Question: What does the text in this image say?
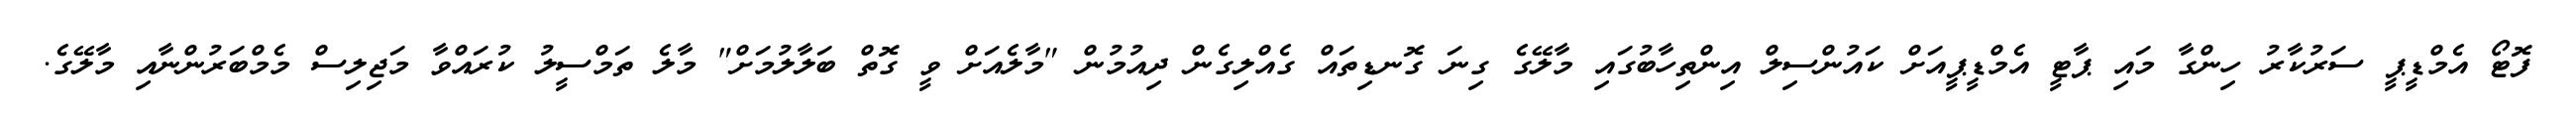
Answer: ފޮޓޯ އެމްޑީޕީ ސަރުކާރު ހިންގާ މައި ޕާޓީ އެމްޑީޕީއަށް ކައުންސިލް އިންތިހާބުގައި މާލޭގެ ގިނަ ގޮނޑިތައް ގެއްލިގެން ދިއުމުން "މާލެއަށް ވީ ގޮތް ބަލާލުމަށް" މާލެ ތަމްސީލު ކުރައްވާ މަޖިލިސް މެމްބަރުންނާއި މާލޭގެ.